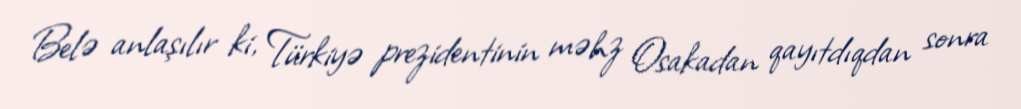
Belə anlaşılır ki, Türkiyə prezidentinin məhz Osakadan qayıtdıqdan sonra